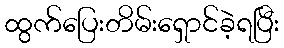
ထွက်ပြေးတိမ်းရှောင်ခဲ့ရပြီး